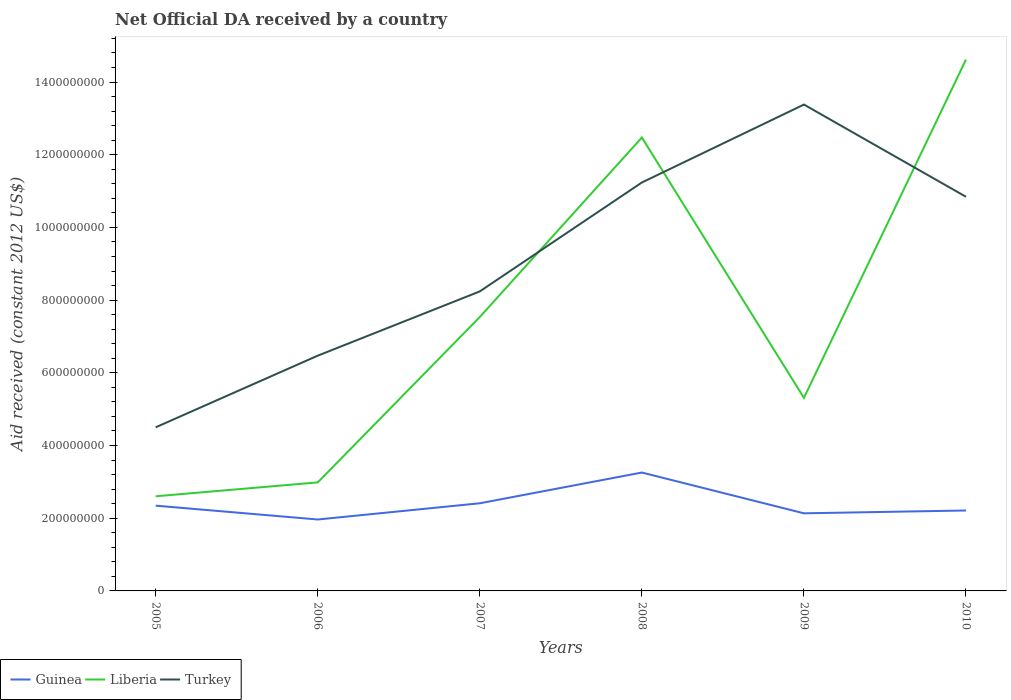
| Years | Guinea | Liberia | Turkey |
 | --- | --- | --- | --- |
 | 2005 | 2.35e+08 | 2.6e+08 | 4.5e+08 |
 | 2006 | 1.96e+08 | 2.99e+08 | 6.47e+08 |
 | 2007 | 2.41e+08 | 7.54e+08 | 8.24e+08 |
 | 2008 | 3.26e+08 | 1.25e+09 | 1.12e+09 |
 | 2009 | 2.14e+08 | 5.31e+08 | 1.34e+09 |
 | 2010 | 2.21e+08 | 1.46e+09 | 1.08e+09 |